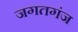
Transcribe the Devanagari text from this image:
जगतगंज